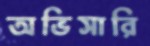
অভিসারি